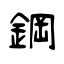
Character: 鋼